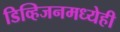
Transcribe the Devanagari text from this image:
डिव्हिजनमध्येही